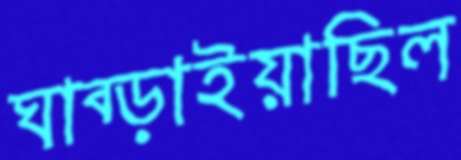
ঘাব্‌ড়াইয়াছিল